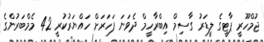
ޖުމްހޫރީ ޕާޓީގެ ލީޑަރު ގާސިމް އިބްރާހީމް ދެވަނަ ފަހަރަށް ހައްޔަރުކުރީ 42 މެމްބަރުންގެ